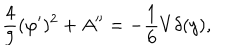
LaTeX: \frac { 4 } { 9 } ( \varphi ^ { \prime } ) ^ { 2 } + A ^ { \prime \prime } = - \frac { 1 } { 6 } V \delta ( y ) ,